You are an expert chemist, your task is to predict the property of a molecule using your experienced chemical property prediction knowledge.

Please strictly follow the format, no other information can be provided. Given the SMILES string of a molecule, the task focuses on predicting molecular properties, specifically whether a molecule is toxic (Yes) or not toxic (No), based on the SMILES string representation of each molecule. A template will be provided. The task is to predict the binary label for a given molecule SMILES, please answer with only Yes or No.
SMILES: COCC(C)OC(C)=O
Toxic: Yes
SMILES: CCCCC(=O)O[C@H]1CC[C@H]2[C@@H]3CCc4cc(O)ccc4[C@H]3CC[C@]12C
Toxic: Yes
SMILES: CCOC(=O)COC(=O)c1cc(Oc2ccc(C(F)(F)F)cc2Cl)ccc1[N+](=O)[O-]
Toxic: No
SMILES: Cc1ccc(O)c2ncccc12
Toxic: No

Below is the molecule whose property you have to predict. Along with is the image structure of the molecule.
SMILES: CCC1(CC)C(=O)C=CNC1=O
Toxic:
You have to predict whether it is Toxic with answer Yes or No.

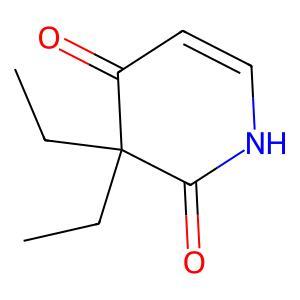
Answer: No